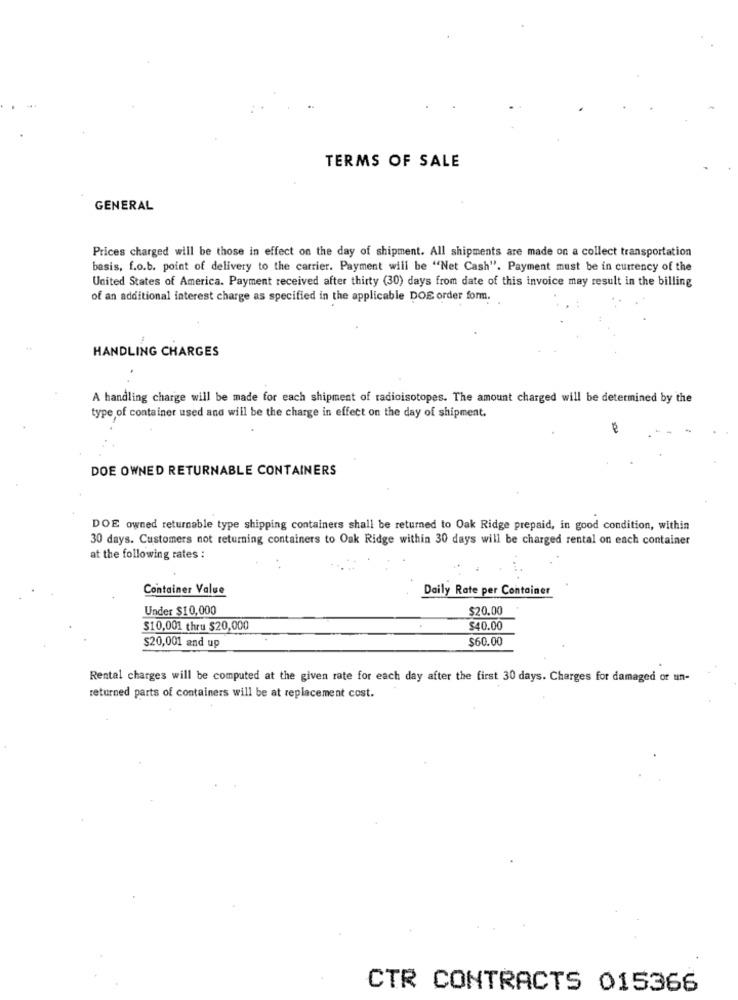
TERMS OF SALE
GENERAL
Prices charged will be those in effect on the day of shipment. All shipments are made on a collect transportation
basis, f.o.b. point of delivery to the carrier. Payment will be "Net Cash". Payment must be in currency of the
United States of America. Payment received after thirty (30) days from date of this invoice may result in the billing
of an additional interest charge as specified in the applicable DOE order form.
HANDLING CHARGES
A handling charge will be made for each shipment of radioisotopes. The amount charged will be determined by the
type of container used and will be the charge in effect on the day of shipment.
DOE OWNED RETURNABLE CONTAINERS
DOE owned returnable type shipping containers shall be returned to Oak Ridge prepaid, in good condition, within
30 days. Customers not returning containers to Oak Ridge within 30 days will be charged rental on each container
at the following rates :
Container Value
Daily Rate per Container
Under $10,000
$20.00
$10,001 thru $20,000
$40.00
$60.00
$20,001 and up
Rental charges will be computed at the given rate for each day after the first 30 days. Charges for damaged or un-
returned parts of containers will be at replacement cost.
CTR CONTRACTS 015366